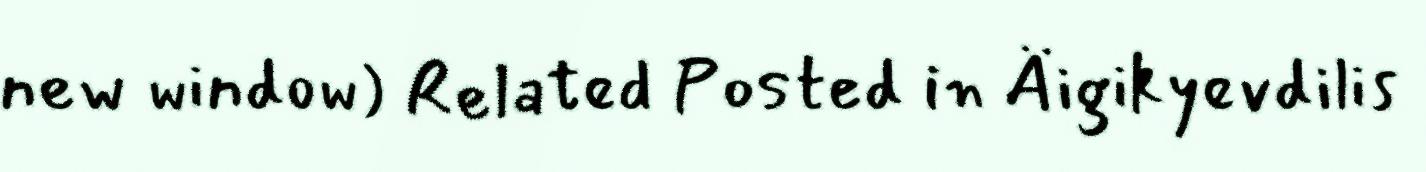
new window) Related Posted in Äigikyevdilis